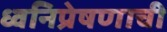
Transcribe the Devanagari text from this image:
ध्वनिप्रेषणाची